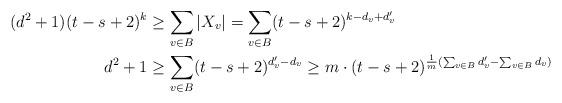
LaTeX: \begin{align*}(d^2+1)(t-s+2)^k &\ge \sum_{v\in B} |X_v| = \sum_{v\in B} (t-s+2)^{k-d_v+d'_v} \\d^2+1 &\ge \sum_{v\in B} (t-s+2)^{d'_v-d_v} \ge m\cdot (t-s+2)^{ \frac{1}{m} (\sum_{v\in B}d'_v - \sum_{v\in B}d_v )}\end{align*}